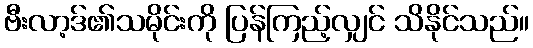
ဗီးလာ့ဒ်၏သမိုင်းကို ပြန်ကြည့်လျှင် သိနိုင်သည်။